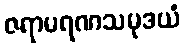
ဇရာမရဏသမုဒယံ